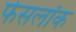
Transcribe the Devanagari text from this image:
फेसलॉक